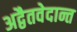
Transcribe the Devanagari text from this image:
अद्वैतवेदान्त